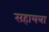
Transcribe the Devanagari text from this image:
सहायत्रा